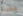
خطبت